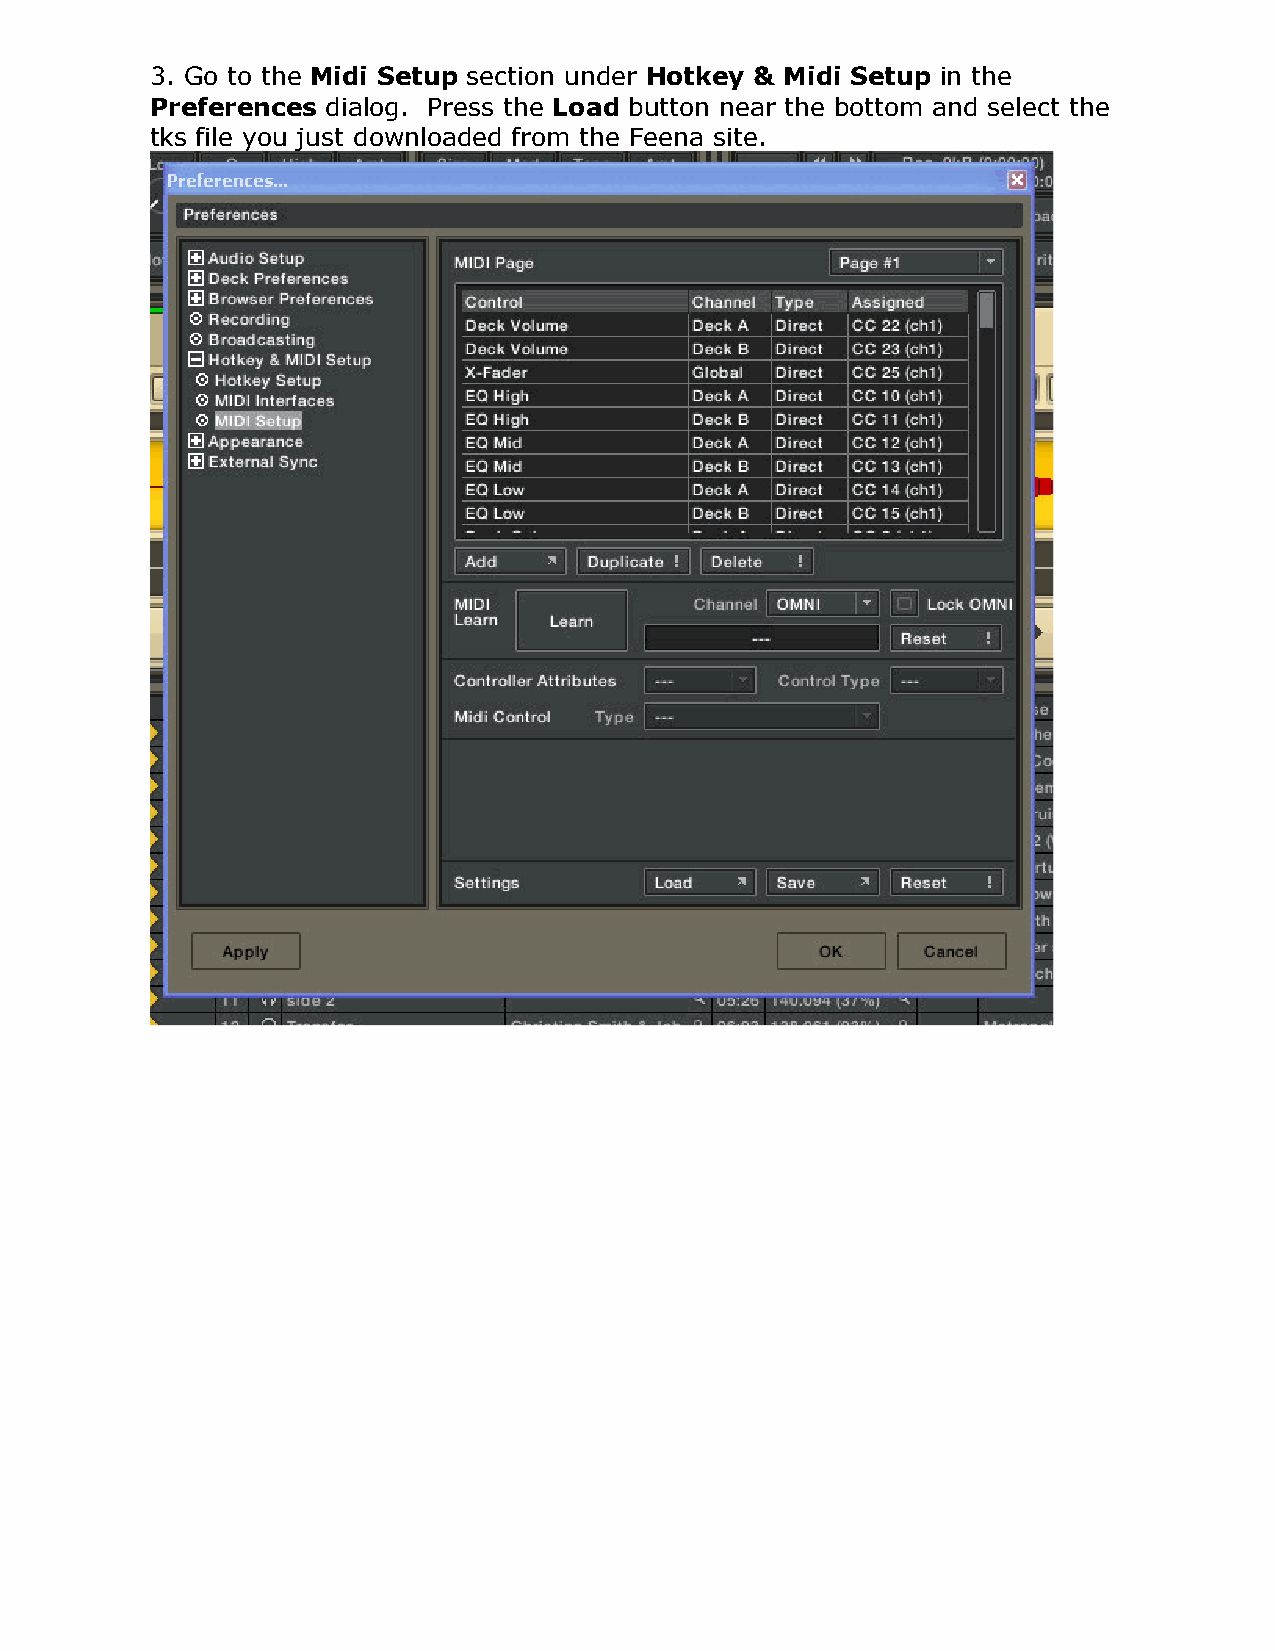
3. Go to the Midi Setup section under Hotkey & Midi Setup in the
 Preferences dialog. Press the Load button near the bottom and select the
 tks file you just downloaded from the Feena site.